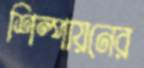
শিল্পায়নের